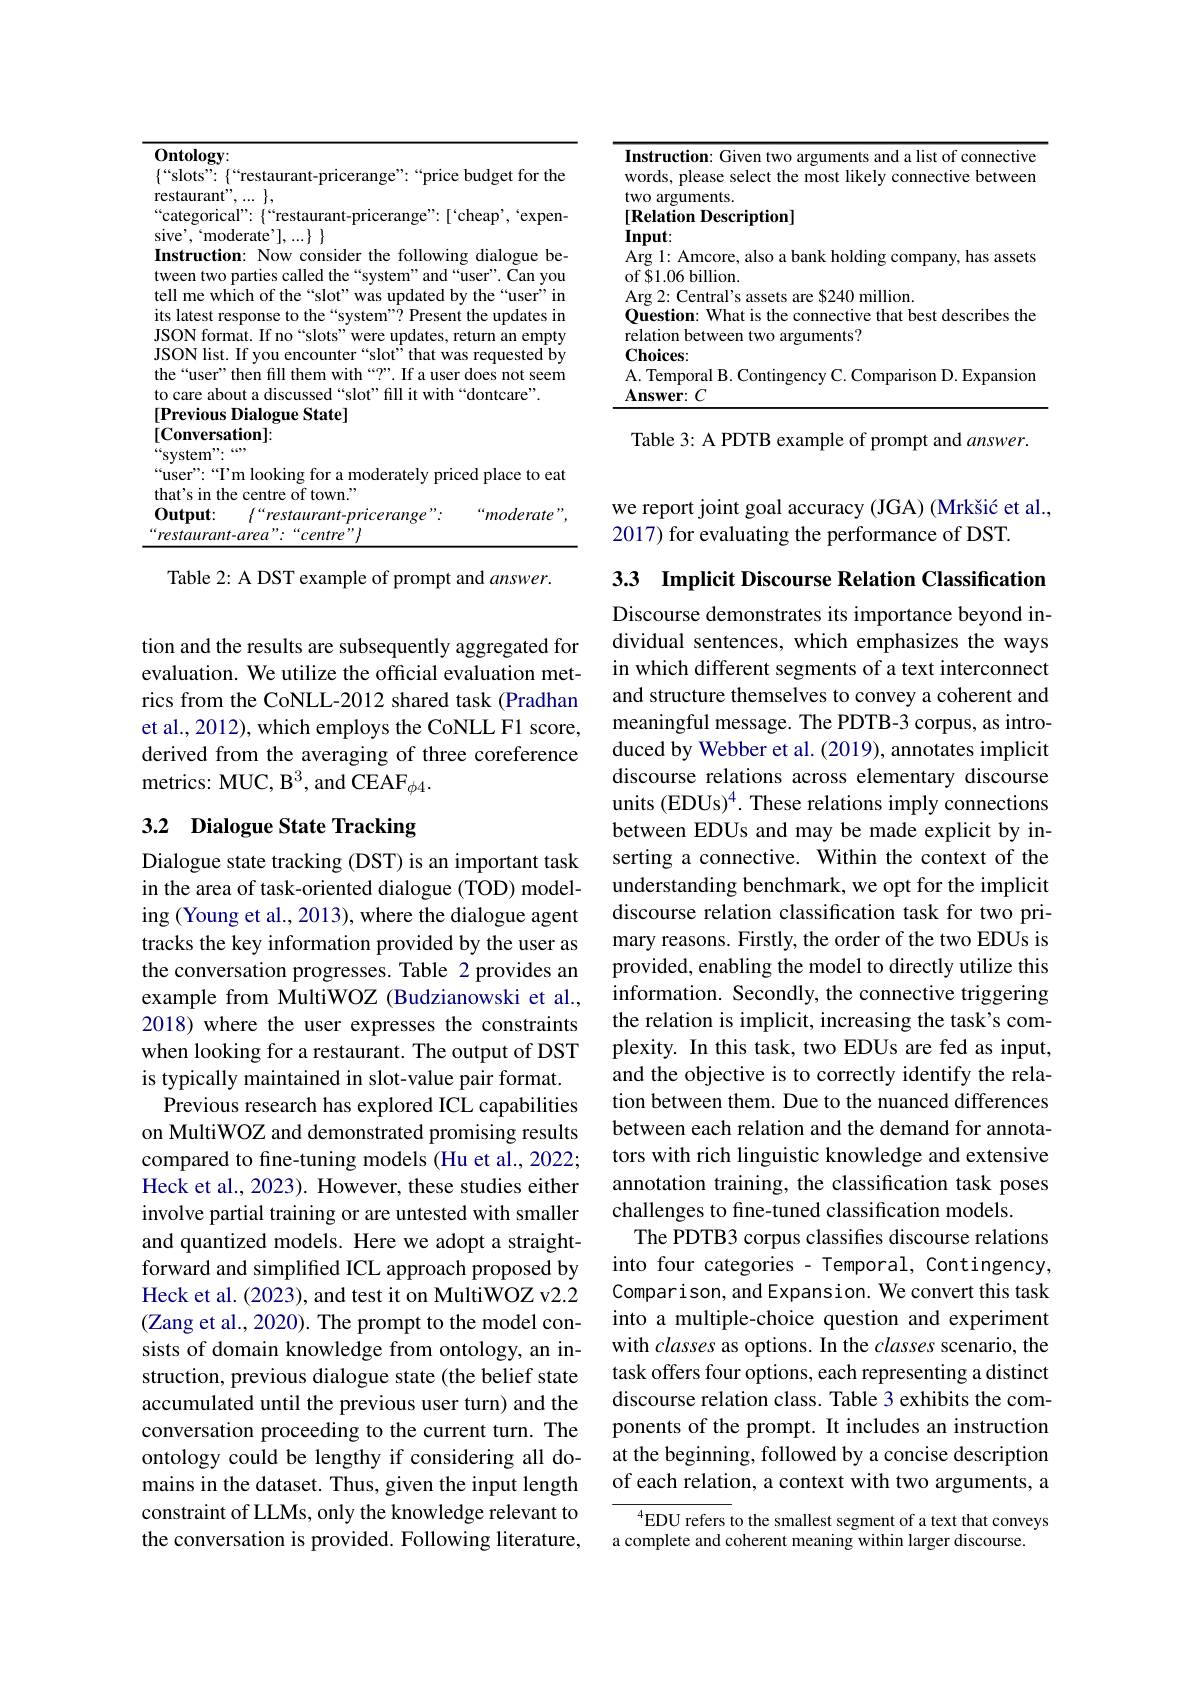
<table>
	<tbody>
		<tr>
			<td>$\{“$slots": $\{“$restaurant-pricerange”:“price restaurant"</td>
			<td>budget for the $\frac{1}{2}$ </td>
		</tr>
		<tr>
			<td>$\because$categorical" $\{“$restaurant-pricerange":[“ $$sive',‘moderate’],...\}\}$$ Instruction: Now consider the followin tween two parties called the“system”and“ tell me which of the “slot”was updated b</td>
			<td>$`$cheap expen dialogue be $ng$ user T Can you the $by$ user $in$</td>
		</tr>
		<tr>
			<td>$\mathbf{Output:}$ $\int^{a}restaurant-pri$ range 2 $restaurant-area$ $^{\alpha}Centre$ 99.</td>
			<td>moderate</td>
		</tr>
	</tbody>
</table>

Table 2: A DST example of prompt and $answer.$

tion and the results are subsequently aggregated for evaluation. We utilize the official evaluation metrics from the CoNLL-2012 shared task (Pradhan et al., 2012), which employs the CoNLL F1 score, derived from the averaging of three coreference metrics: MUC, B$^3$, and CEAF$_\phi4.$

## 3.2 Dialogue State Tracking

Dialogue state tracking (DST) is an important task in the area of task-oriented dialogue (TOD) modeling (Young et al., 2013), where the dialogue agent tracks the key information provided by the user as the conversation progresses. Table 2 provides an example from MultiWOZ (Budzianowski et al., 2018) where the user expresses the constraints when looking for a restaurant. The output of DST is typically maintained in slot-value pair format.
Previous research has explored ICL capabilities on MultiWOZ and demonstrated promising results compared to fine-tuning models (Hu et al., 2022; Heck et al., 2023). However, these studies either involve partial training or are untested with smaller and quantized models. Here we adopt a straightforward and simplifed ICL approach proposed by Heck et al. (2023), and test it on MultiWOZ v2.2 (Zang et al., 2020). The prompt to the model consists of domain knowledge from ontology, an instruction, previous dialogue state (the belief state accumulated until the previous user turn) and the conversation proceeding to the current turn. The ontology could be lengthy if considering all domains in the dataset. Thus, given the input length constraint of LLMs, only the knowledge relevant to the conversation is provided. Following literature,

<table>
	<tbody>
		<tr>
			<td> </td>
			<td>$\mathbf{ut}.$ 1: Amcore, also a bank holding company, has asset 1.06 billion.</td>
		</tr>
	</tbody>
</table>

Table 3: A PDTB example of prompt and $answer.$

we report joint goal accuracy (JGA) (Mrkšić et al.,
2017) for evaluating the performance of DST.

3.3 Implicit Discourse Relation Classification

Discourse demonstrates its importance beyond individual sentences, which emphasizes the ways in which different segments of a text interconnect and structure themselves to convey a coherent and meaningful message. The PDTB-3 corpus, as introduced by Webber et al. (2019), annotates implicit discourse relations across elementary discourse units (EDUs)$^4.$ These relations imply connections between EDUs and may be made explicit by inserting a connective. Within the context of the understanding benchmark, we opt for the implicit discourse relation classification task for two primary reasons. Firstly, the order of the two EDUs is provided, enabling the model to directly utilize this information. Secondly, the connective triggering the relation is implicit, increasing the task's complexity. In this task, two EDUs are fed as input, and the objective is to correctly identify the relation between them. Due to the nuanced differences between each relation and the demand for annotators with rich linguistic knowledge and extensive annotation training, the classification task poses challenges to fine-tuned classification models.
The PDTB3 corpus classifies discourse relations into four categories - Temporal, Contingency, Comparison, and Expansion. We convert this task into a multiple-choice question and experiment with classes as options. In the classes scenario, the task offers four options, each representing a distinct discourse relation class. Table 3 exhibits the components of the prompt. It includes an instruction at the beginning, followed by a concise description of each relation, a context with two arguments, a
$^{4}$EDU refers to the smallest segment of a text that conveys

a complete and coherent meaning within larger discourse.